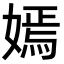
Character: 嫣